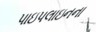
પાઇપલાઇનના